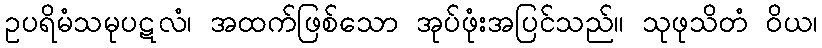
ဥပရိမံသမုပဋလံ၊ အထက်ဖြစ်သော အုပ်ဖုံးအပြင်သည်။ သုဖုသိတံ ဝိယ၊